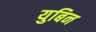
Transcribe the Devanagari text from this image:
युबिन